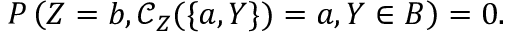
P \left( Z = b , \mathcal { C } _ { Z } ( \{ a , Y \} ) = a , Y \in B \right) = 0 .